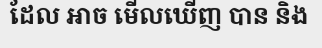
ដែល ឤច មើលឃើញ បាន និង